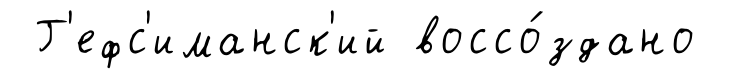
Г'ефс'иманск'ий воссо́здано